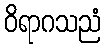
ဝိရာဂသညံ